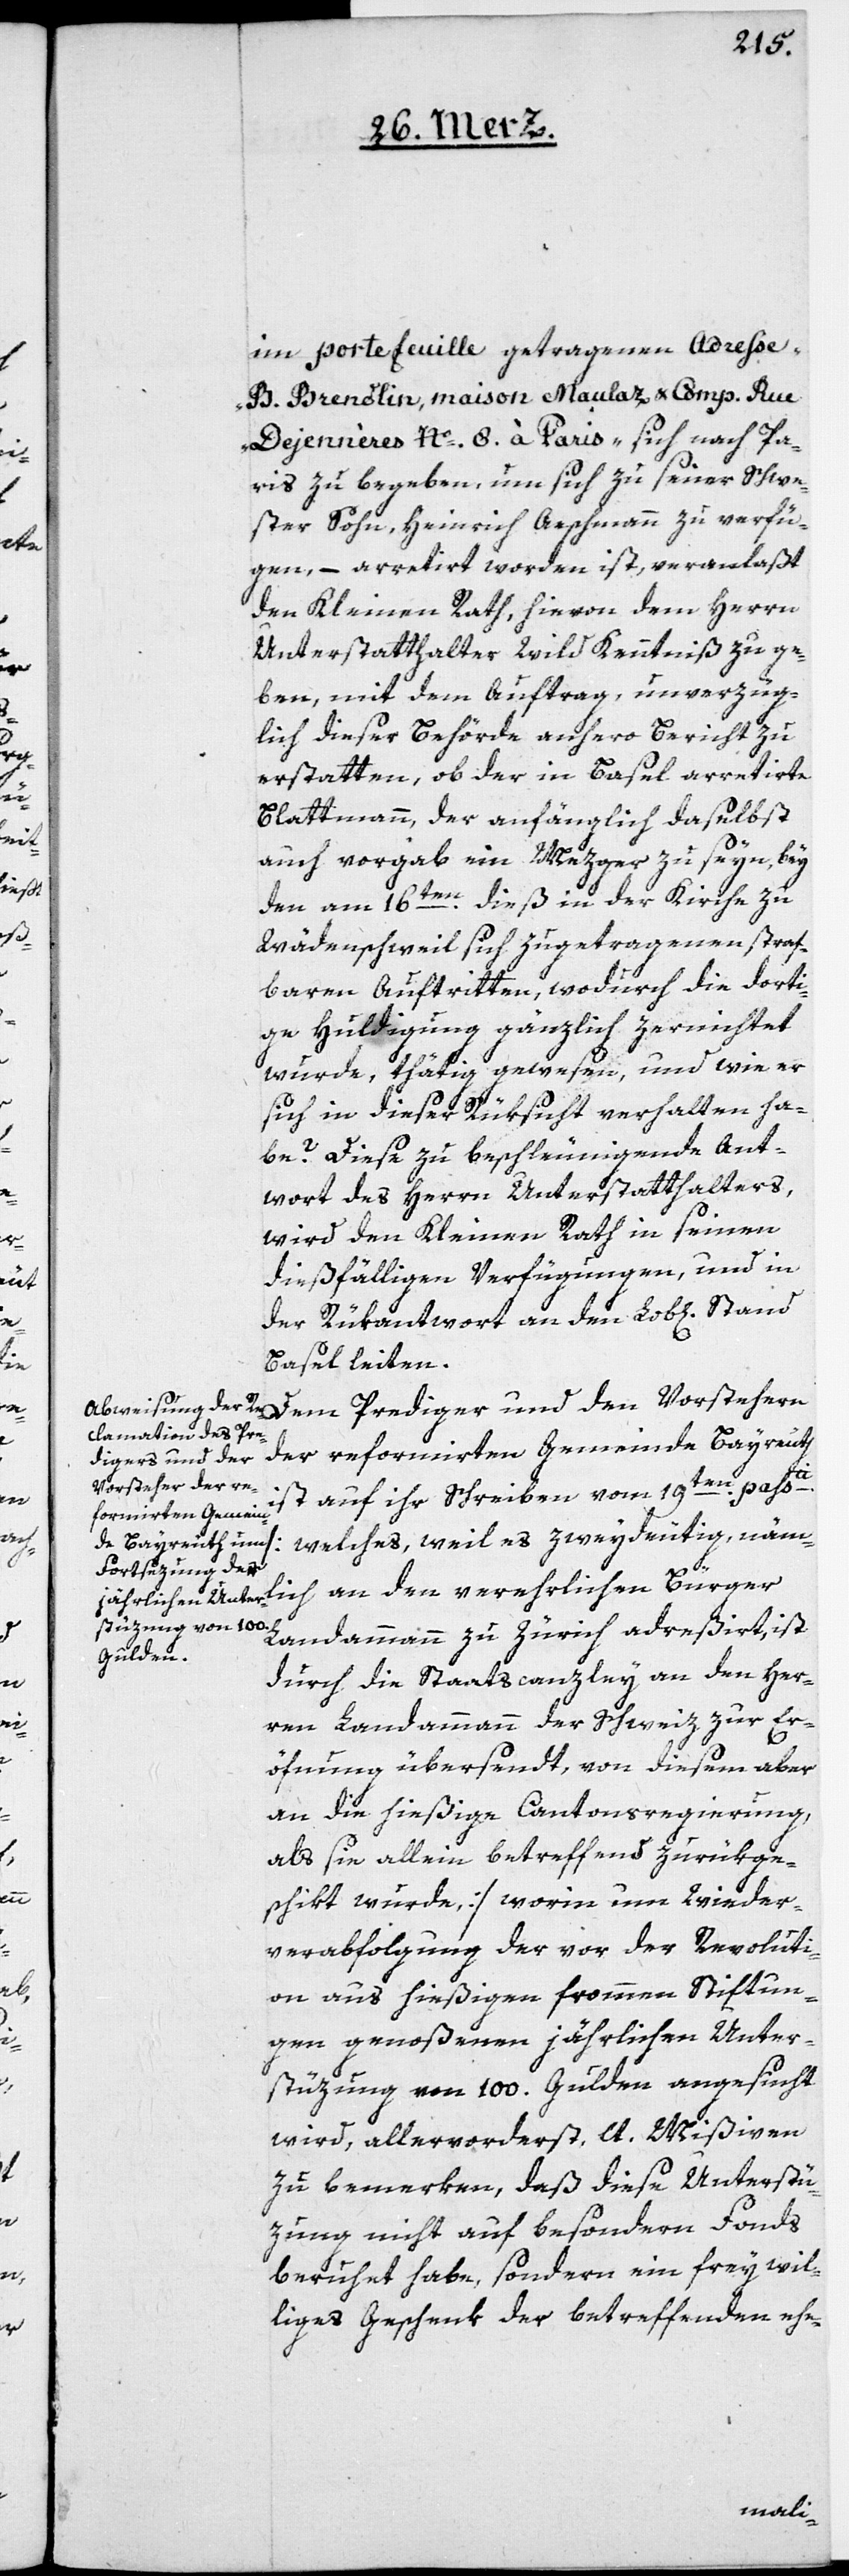
im portefeuille getragenen Adresse
„B. Brendlin, maison Maulaz & Comp. Rue
Dejennères Nº 8 à Paris“ sich nach Pa¬
ris zu begeben, um sich zu seiner Schwe¬
ster Sohn, Heinrich Aeschmann zu verfü¬
gen, – arretirt worden ist, veranlaßt
den Kleinen Rath, hievon dem Herrn
Unterstatthalter Wild Kenntniß zu ge¬
ben, mit dem Auftrag, unverzüg¬
lich dieser Behörde anhero Bericht zu
erstatten, ob der in Basel arretirte
Blattmann, der anfänglich daselbst
auch vorgab, ein Mezger zu seyn, bey
den am 16ten dieß in der Kirche zu
Wädenschweil sich zugetragenen straf¬
baren Auftritten, wodurch die dorti¬
ge Huldigung gänzlich zernichtet
wurde, thätig gewesen, und wie er
sich in dieser Rüksicht verhalten ha¬
be? Diese zu beschleunigende Ant¬
wort des Herrn Unterstatthalters,
wird den Kleinen Rath in seinen
dießfälligen Verfügungen, und in
der Rükantwort an den Lob[lichen]
Basel leiten.
Dem Prediger und den Vorstehern
der reformirten Gemeinde Bayreuth
ist auf ihr Schreiben vom 19ten passti
[welches, weil des zweydeutig, näm¬
lich an den verehrlichen Bürger
Landammann zu Zürich adreßirt, ist
durch die Staatscanzley an den Her¬
ren Landammann der Schweiz zur Er¬
öfnung übersendt, von diesem aber
an die hießige Cantonsregierung,
als sie allein betreffend, zurükge¬
schikt wurde] worin um Wieder¬
verabfolgung der vor der Revoluti¬
on aus hießigen frommen Stiftun¬
gen genoßenen jährlichen Unter¬
stüzung von 100. Gulden angesucht
wird, allervorderst, lt. Mißiven,
zu bemerken, daß diese Unterstü¬
zung nicht auf besondern Fonds
beruhet habe, sondern ein freywil¬
liges Geschenk der betreffenden ehe-